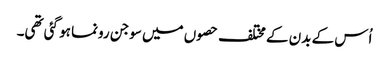
اُس کے بدن کے مختلف حصوں میں سوجن رونما ہو گئی تھی۔